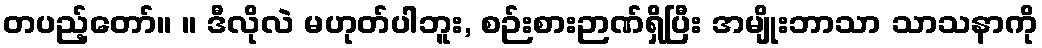
တပည့်တော်။ ။ ဒီလိုလဲ မဟုတ်ပါဘူး, စဉ်းစားဉာဏ်ရှိပြီး အမျိုးဘာသာ သာသနာကို